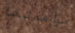
مواعدتها